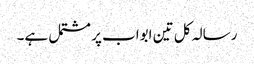
رسالہ کل تین ابواب پر مشتمل ہے۔